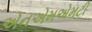
એનએમએમટી